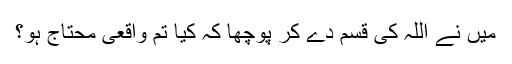
میں نے اللہ کی قسم دے کر پوچھا کہ کیا تم واقعی محتاج ہو؟